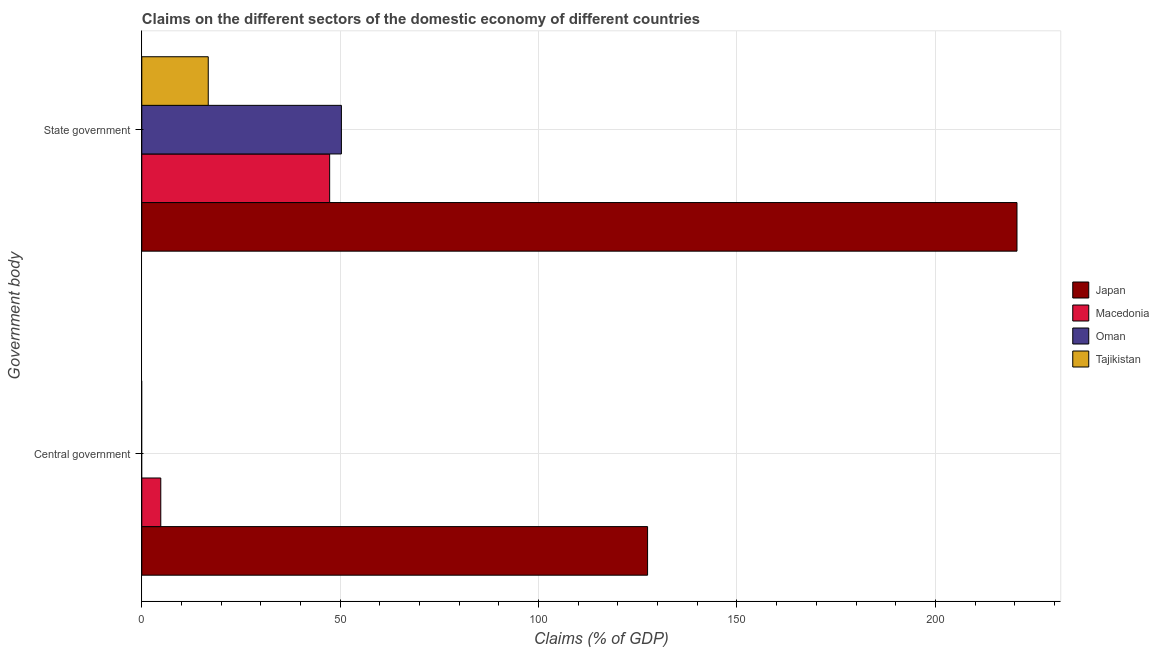
| Government body | Japan | Macedonia | Oman | Tajikistan |
 | --- | --- | --- | --- | --- |
 | Central government | 127 | 4.79 | -14.1 | -2.03 |
 | State government | 221 | 47.3 | 50.3 | 16.7 |